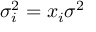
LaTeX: \sigma _ { i } ^ { 2 } = x _ { i } \sigma ^ { 2 }